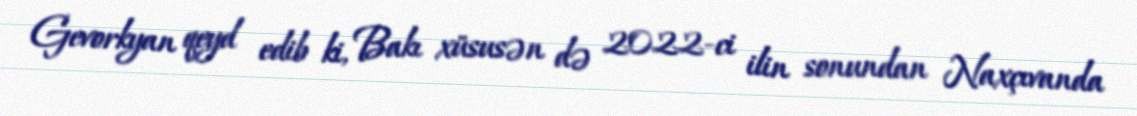
Gevorkyan qeyd edib ki, Bakı xüsusən də 2022-ci ilin sonundan Naxçıvanda